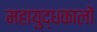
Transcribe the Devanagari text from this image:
महायुद्धकालों